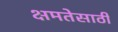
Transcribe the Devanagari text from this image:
क्षमतेसाठी